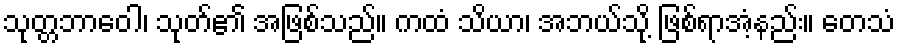
သုတ္တဘာဝေါ၊ သုတ်၏ အဖြစ်သည်။ ကထံ သိယာ၊ အဘယ်သို့ ဖြစ်ရာအံ့နည်း။ တေသံ